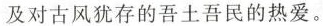
对古风犹存的吾土吾民的热爱。